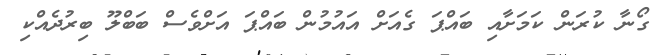
ގޯނާ ކުރަން ކަމަށާއި ބައްޕަ ގެއަށް އައުމުން ބައްޕަ އަށްވެސް ބަބްލޫ ބިރުދެއްކި